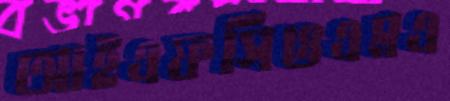
আইএফসিওএমএ